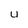
Character: U